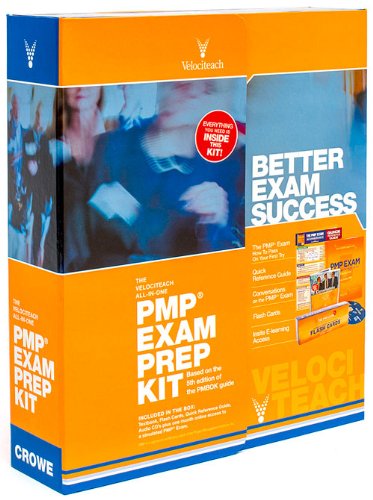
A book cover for The Velociteach All-In-One PMP Exam Prep Kit: Based on the 5th edition of the PMBOK Guide (Test Prep series); Andy Crowe PMP  PgMP; Test Preparation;